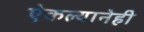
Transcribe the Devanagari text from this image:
ऐकल्यानेही